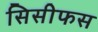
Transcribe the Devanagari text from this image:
सिसीफस